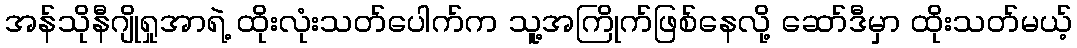
အန်သိုနီဂျိုရှုအာရဲ့ ထိုးလုံးသတ်ပေါက်က သူ့အကြိုက်ဖြစ်နေလို့ ဆော်ဒီမှာ ထိုးသတ်မယ့်